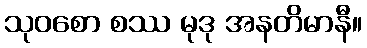
သုဝစော စဿ မုဒု အနတိမာနီ။